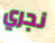
نجري